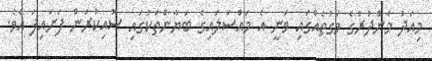
މިއަދު މެންދުރުގެ ވަގުތެއްގައި ވަނީ އެ މައްސަލައިގެ ބަޔާންތަކުގައި ސޮއިކުރަން ފަށައިފަ އެވެ.